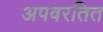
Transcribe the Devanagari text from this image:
अपवरतित